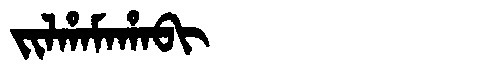
Manchu: ᠵᡳᠯᡥᠠᠮᠠᡥᠠᠪᡳ
Romanization: JILHAMAHABI